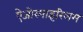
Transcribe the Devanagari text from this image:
ऐजोस्पाइरिलम